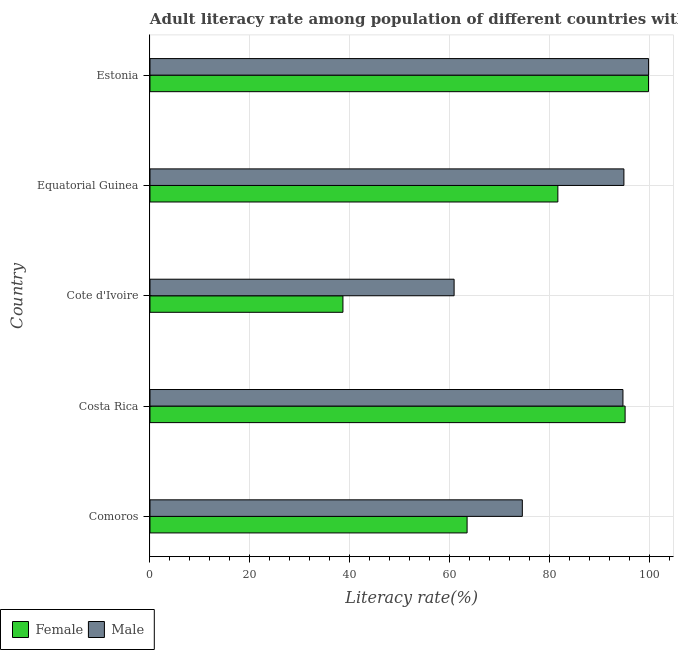
| Country | Female | Male |
 | --- | --- | --- |
 | Comoros | 63.5 | 74.5 |
 | Costa Rica | 95.1 | 94.7 |
 | Cote d'Ivoire | 38.6 | 60.9 |
 | Equatorial Guinea | 81.6 | 94.8 |
 | Estonia | 99.8 | 99.8 |